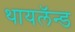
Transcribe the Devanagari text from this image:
थायलॅन्ड